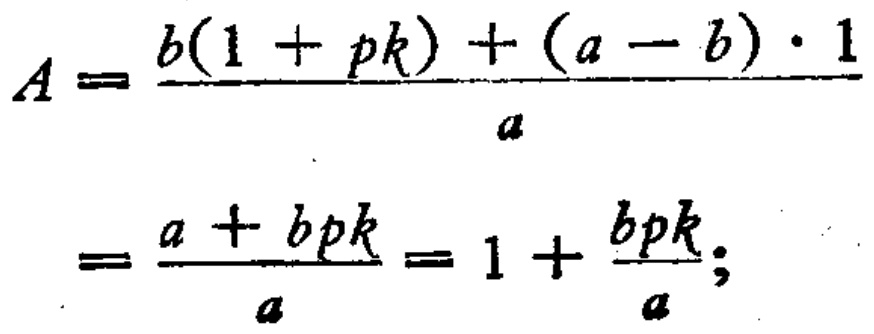
\[

\begin{align*}

A&=\frac{b(1 + pk)+(a - b)\cdot1}{a}\\

&=\frac{a + bpk}{a}=1+\frac{bpk}{a};

\end{align*}

\]